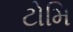
ટોમિ